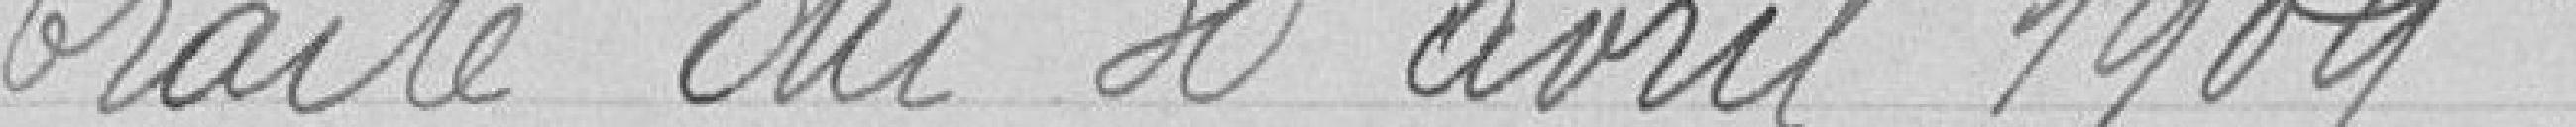
Traité du 30 avril 1909